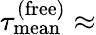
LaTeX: \tau_{\mathrm{mean}}^{\mathrm{(free)}}\approx